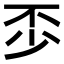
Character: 𠀰